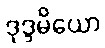
ဒုဒ္ဒမိယော